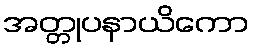
အတ္တုပနာယိကော